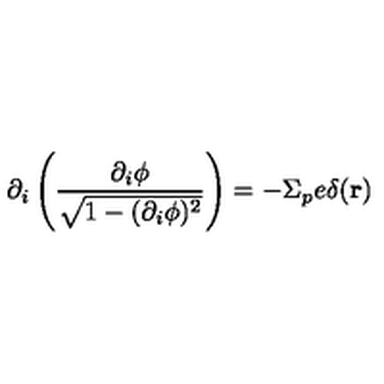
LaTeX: \partial _ { i } \left( \frac { \partial _ { i } \phi } { \sqrt { 1 - ( \partial _ { i } \phi ) ^ { 2 } } } \right) = - \Sigma _ { p } e \delta ( { \bf r } )